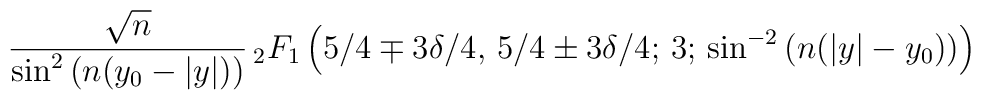
\frac{\sqrt{n}}{\sin^2\left(n(y_0-|y|)\right)}{\,}_2F_1\left(5/4\mp 3\delta/4,\,5/4\pm 3\delta/4;\,3;\,\sin^{-2}\left(n(|y|-y_0)\right)\right)